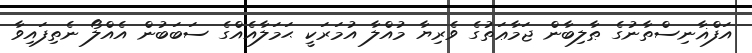
އަފްޣާނިސްތާނުގެ ޠާލިބާން ޖަމާޢަތުގެ ވެރިޔާ މުއްލާ އުމަރަކީ ޙަމަލާއެއްގެ ސަބަބުން އެއްލޯ ނެތިފައިވާ